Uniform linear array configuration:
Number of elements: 12
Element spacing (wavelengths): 1
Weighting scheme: kaiser
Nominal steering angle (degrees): -60
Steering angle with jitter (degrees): -61.005
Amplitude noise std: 0.05
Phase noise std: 0.05

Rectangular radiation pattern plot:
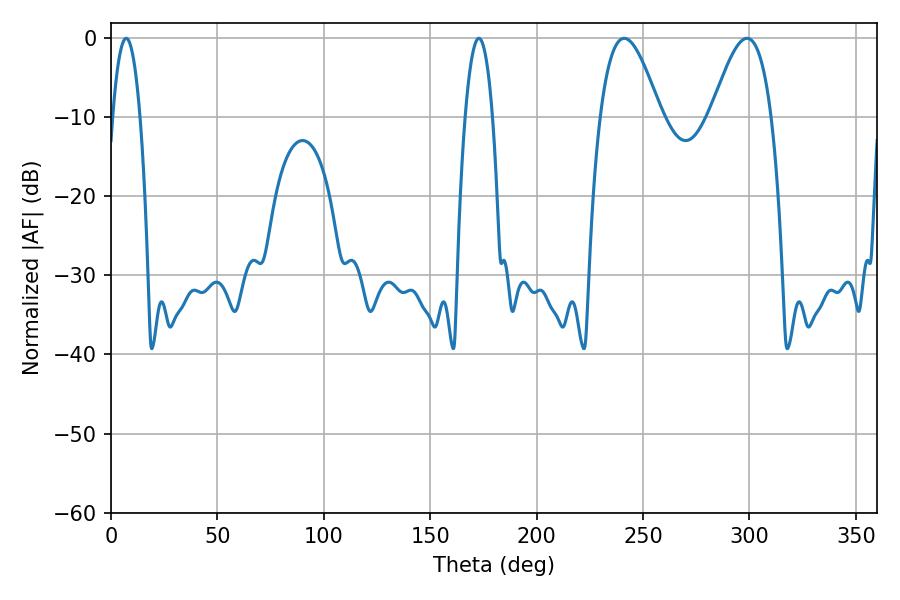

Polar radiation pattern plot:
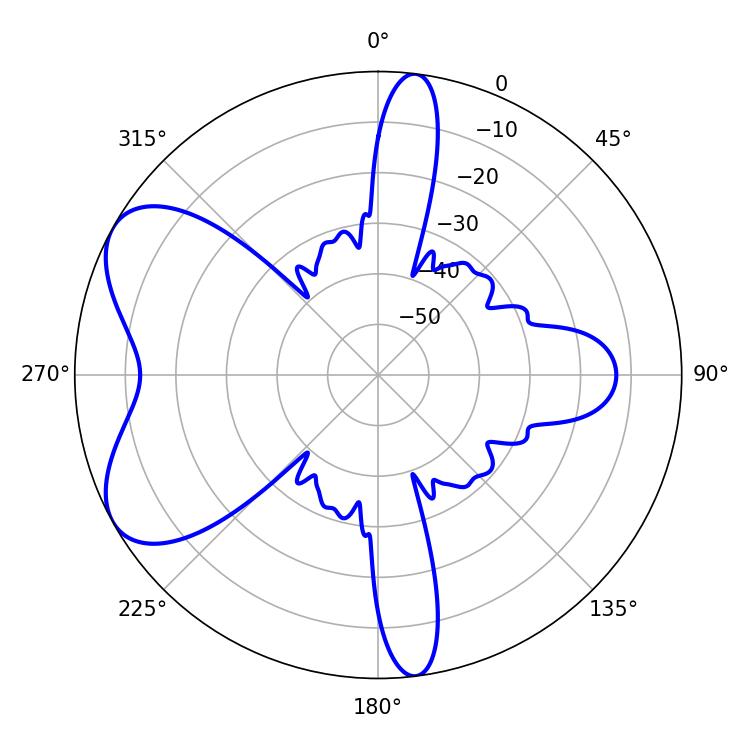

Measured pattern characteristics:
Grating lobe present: TRUE
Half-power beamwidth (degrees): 15.48
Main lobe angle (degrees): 241.2